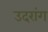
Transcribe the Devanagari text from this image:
उदरांग